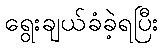
ရွေးချယ်ခံခဲ့ရပြီး